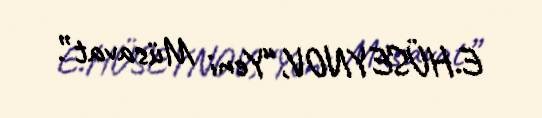
E.HÜSEYNOV,“Yeni Müsavat”.